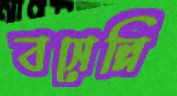
বসেল্লি